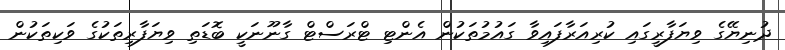
ދުނިޔޭގެ ވިޔަފާރީގައި ކުރިއަރާފައިވާ ގައުމުތަކުން އެންޓި ޓްރަސްޓް ގާނޫނަކީ ބޮޑަތި ވިޔަފާރިތަކުގެ ވަކިތަކުން